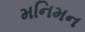
મનિમન